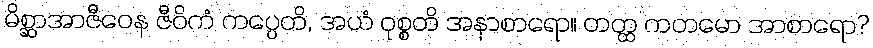
မိစ္ဆာအာဇီဝေန ဇီဝိကံ ကပ္ပေတိ, အယံ ဝုစ္စတိ အနာစာရော။ တတ္ထ ကတမော အာစာရော?